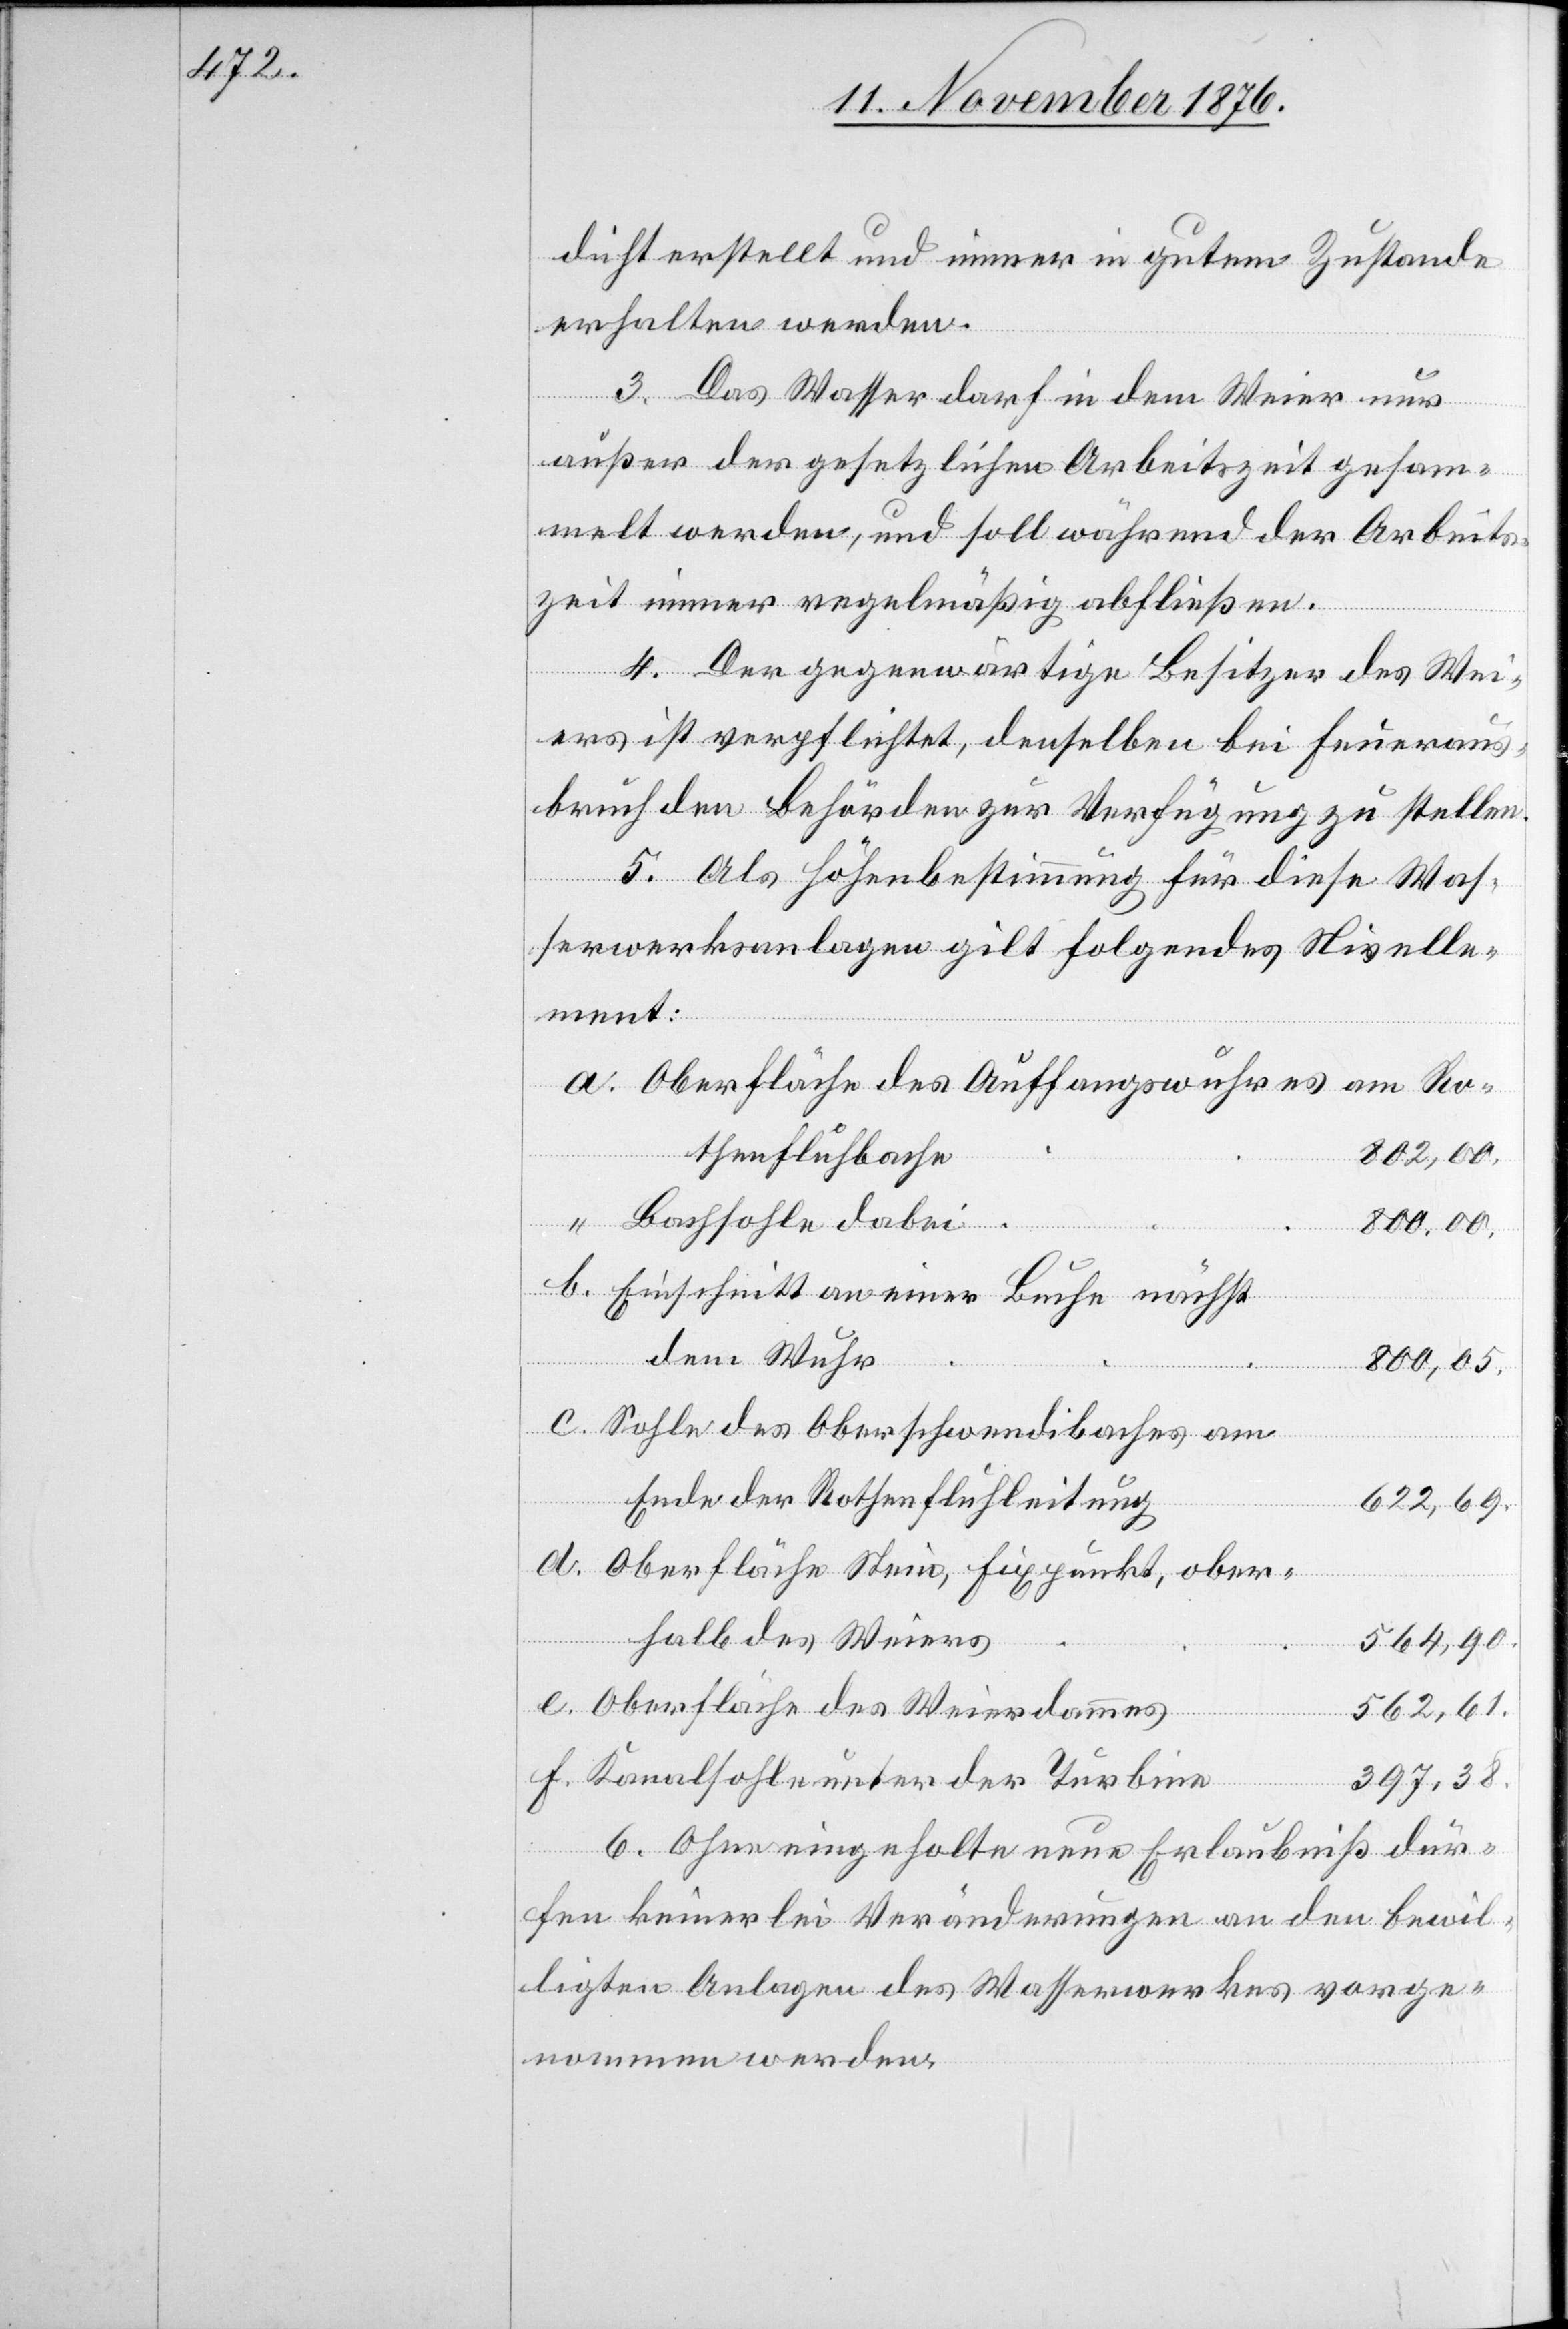
dicht erstellt und immer in gutem Zustande
erhalten werden.
3. Das Wasser darf in dem Weier nur
außer der gesetzlichen Arbeitszeit gesam¬
melt werden, und soll während der Arbeits¬
zeit immer regelmäßig abfließen.
4. Der gegenwärtige Besitzer des Wei¬
ers ist verpflichtet, denselben bei Feueraus¬
bruch den Behörden zur Verfügung zu stellen.
5. Als Höhenbestimmung für diese Was¬
serwerksanlagen gilt folgendes Nivelle¬
ment:
Oberfläche des Auffangswuhres am Ro¬
thenfluhbache
802,00.
Bachsohle dabei
800,00.
Einschnitt an einer Buche nächst
dem Wuhr
800,05.
Sohle des Oberschwendibaches am
Ende der Rothenfluhleitung
622,69.
Oberfläche Stein, Fixpunkt, ober¬
halb des Weiers
564,90.
Oberfläche des Weierdammes
562,61.
f.
Kanalsohle unter der Turbine
397,38.
6. Ohne eingeholte neue Erlaubniß dür¬
fen keinerlei Veränderungen an den bewil¬
ligten Anlagen des Wasserwerkes vorge¬
nommen werden.